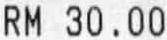
RM 30.00